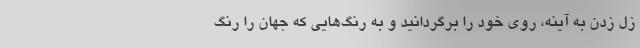
زل زدن به آینه، روی خود را برگردانید و به رنگ‌هایی که جهان را رنگ